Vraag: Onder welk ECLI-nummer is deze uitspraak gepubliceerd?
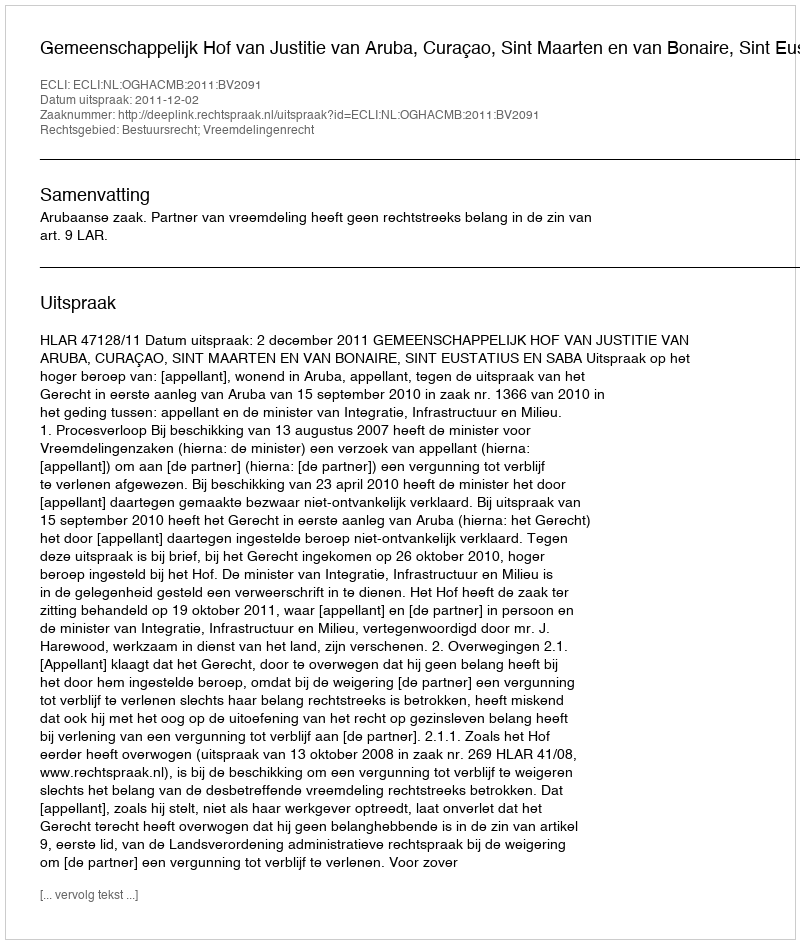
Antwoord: ECLI:NL:OGHACMB:2011:BV2091